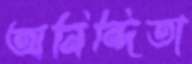
অনিন্দিতা